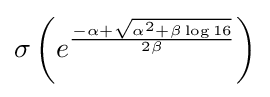
\sigma \left(e^{\frac {-\alpha +{\sqrt {\alpha ^{2}+\beta \log {16}}}}{2\beta }}\right)